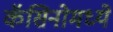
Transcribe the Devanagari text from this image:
कॅसिनोमध्ये